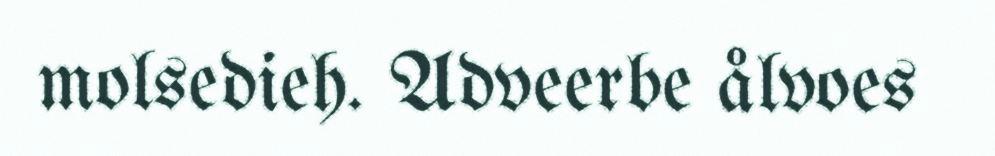
molsedieh. Adveerbe ålvoes